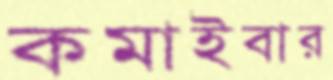
কমাইবার